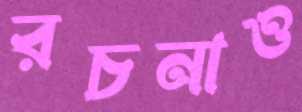
রচনাও